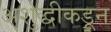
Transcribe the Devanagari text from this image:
अशुद्धीकडून